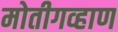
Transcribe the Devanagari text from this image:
मोतीगव्हाण